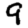
Digit: 9